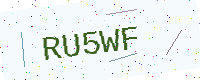
Text: RU5WF